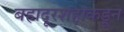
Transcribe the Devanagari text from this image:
बहादूरशहाकडून